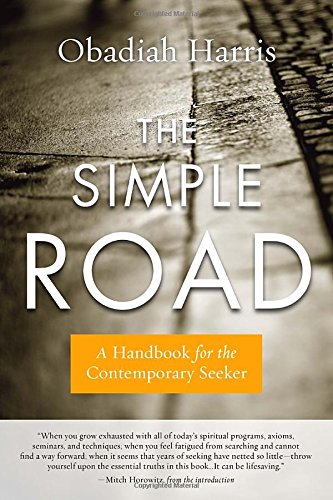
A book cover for The Simple Road: A Handbook for the Contemporary Seeker; Obadiah Harris; Religion & Spirituality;